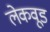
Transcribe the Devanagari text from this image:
लेकवूड